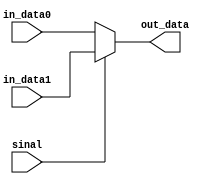
module MUX(sinal, in_data0, in_data1, out_data);

parameter                    data_bits = 31;
input                        sinal;
input    [data_bits:0]       in_data0;
input    [data_bits:0]       in_data1;
output   [data_bits:0]       out_data;
reg      [data_bits:0]       out_data;

always @(*)
begin
	if (sinal==0)
		out_data = in_data0;
	else
		out_data = in_data1;
end

endmodule